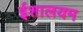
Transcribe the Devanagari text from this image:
ईशालयम